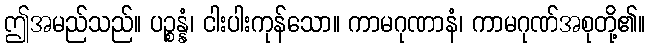
ဤအမည်သည်။ ပဉ္စန္နံ၊ ငါးပါးကုန်သော။ ကာမဂုဏာနံ၊ ကာမဂုဏ်အစုတို့၏။